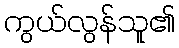
ကွယ်လွန်သူ၏